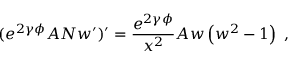
( e ^ { 2 \gamma \phi } A N w ^ { \prime } ) ^ { \prime } = \frac { e ^ { 2 \gamma \phi } } { x ^ { 2 } } A w \left( w ^ { 2 } - 1 \right) \ ,